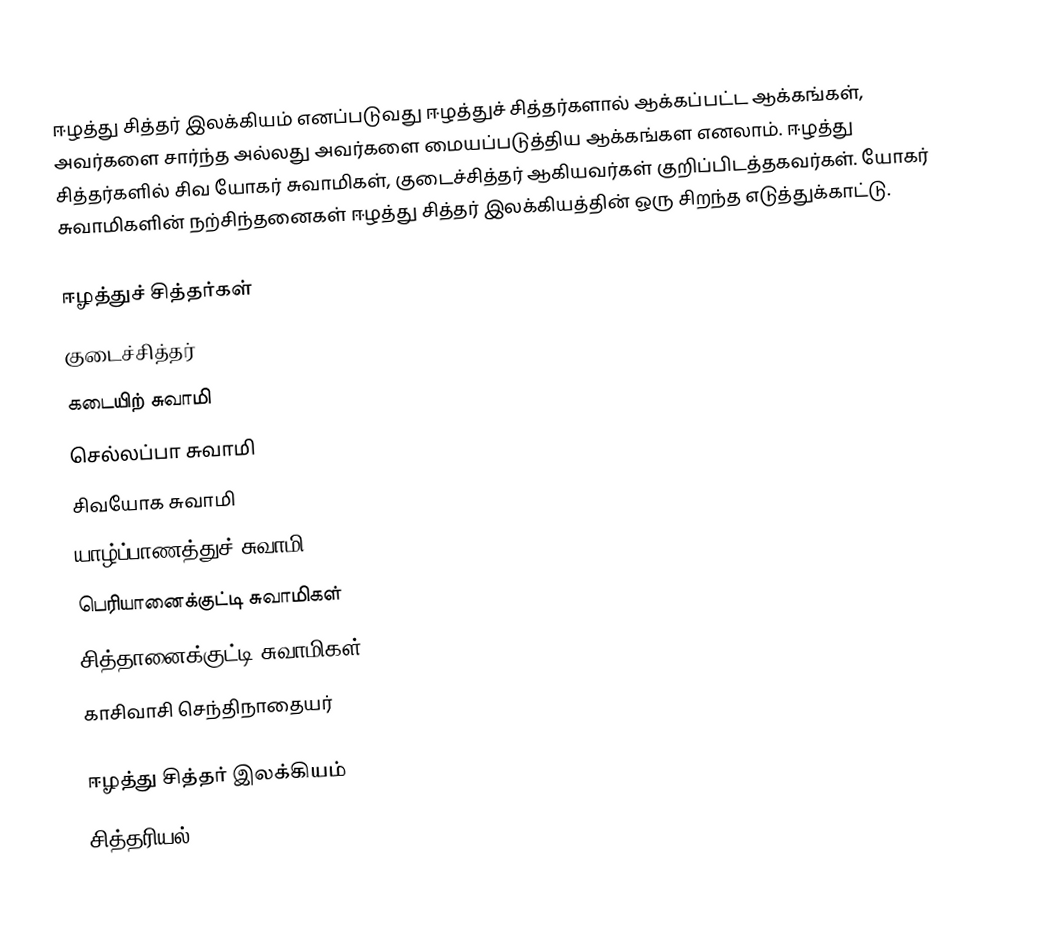
ஈழத்து சித்தர் இலக்கியம் எனப்படுவது ஈழத்துச் சித்தர்களால் ஆக்கப்பட்ட ஆக்கங்கள், அவர்களை சார்ந்த அல்லது அவர்களை மையப்படுத்திய ஆக்கங்கள எனலாம்.  ஈழத்து சித்தர்களில் சிவ யோகர் சுவாமிகள், குடைச்சித்தர் ஆகியவர்கள் குறிப்பிடத்தகவர்கள்.  யோகர் சுவாமிகளின் நற்சிந்தனைகள் ஈழத்து சித்தர் இலக்கியத்தின் ஒரு சிறந்த எடுத்துக்காட்டு.

ஈழத்துச் சித்தர்கள்
குடைச்சித்தர்
கடையிற் சுவாமி
செல்லப்பா சுவாமி
சிவயோக சுவாமி
யாழ்ப்பாணத்துச் சுவாமி
பெரியானைக்குட்டி சுவாமிகள்
சித்தானைக்குட்டி சுவாமிகள்
காசிவாசி செந்திநாதையர்

ஈழத்து சித்தர் இலக்கியம்
சித்தரியல்